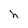
Character: h